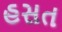
હસત